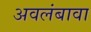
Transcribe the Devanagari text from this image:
अवलंबावा